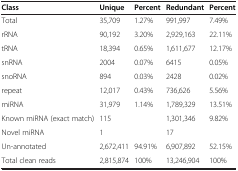
<table><thead><tr><td><b>Class</b></td><td><b>Unique</b></td><td><b>Percent</b></td><td><b>Redundant</b></td><td><b>Percent</b></td></tr></thead><tbody><tr><td>Total</td><td>35,709</td><td>1.27%</td><td>991,997</td><td>7.49%</td></tr><tr><td>rRNA</td><td>90,192</td><td>3.20%</td><td>2,929,163</td><td>22.11%</td></tr><tr><td>tRNA</td><td>18,394</td><td>0.65%</td><td>1,611,677</td><td>12.17%</td></tr><tr><td>snRNA</td><td>2004</td><td>0.07%</td><td>6415</td><td>0.05%</td></tr><tr><td>snoRNA</td><td>894</td><td>0.03%</td><td>2428</td><td>0.02%</td></tr><tr><td>repeat</td><td>12,017</td><td>0.43%</td><td>736,626</td><td>5.56%</td></tr><tr><td>miRNA</td><td>31,979</td><td>1.14%</td><td>1,789,329</td><td>13.51%</td></tr><tr><td>Known miRNA (exact match)</td><td>115</td><td> </td><td>1,301,346</td><td>9.82%</td></tr><tr><td>Novel miRNA</td><td>1</td><td> </td><td>17</td><td> </td></tr><tr><td>Un-annotated</td><td>2,672,411</td><td>94.91%</td><td>6,907,892</td><td>52.15%</td></tr><tr><td>Total clean reads</td><td>2,815,874</td><td>100%</td><td>13,246,904</td><td>100%</td></tr></tbody></table>